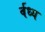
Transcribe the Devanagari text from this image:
र्वध्य